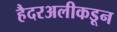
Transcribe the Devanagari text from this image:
हैदरअलीकडून